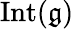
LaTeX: \operatorname{Int}({\mathfrak{g}})